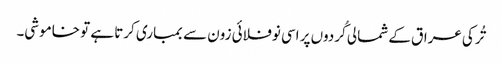
تُرکی عراق کے شمالی کُردوں پر اسی نوفلائی زون سے بمباری کرتا ہے تو خاموشی۔